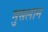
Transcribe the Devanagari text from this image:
मुसलान